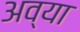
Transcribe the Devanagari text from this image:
अव्या